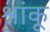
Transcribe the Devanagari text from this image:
श्रांकू